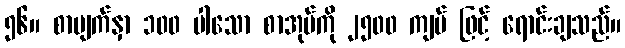
၅၆။ စာမျက်နှာ ၁၀၀ ပါသော စာအုပ်ကို ၂၅၀၀ ကျပ် ဖြင့် ရောင်းချသည်။